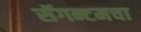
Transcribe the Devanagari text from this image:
सॅगन्टमचा